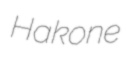
Hakone